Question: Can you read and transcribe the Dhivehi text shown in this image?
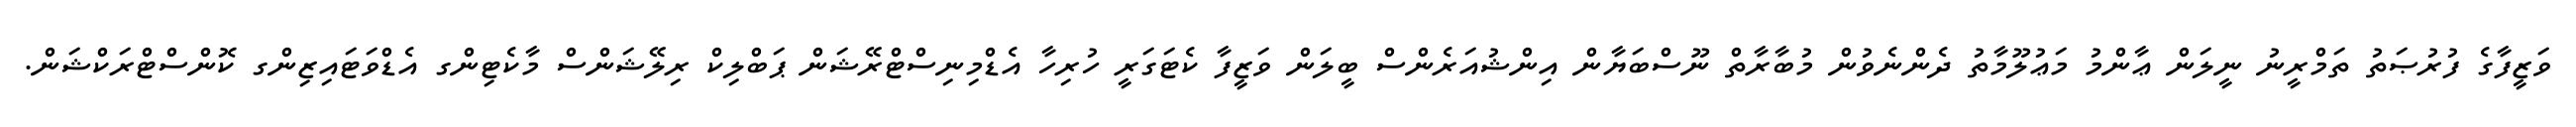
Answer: ވަޒީފާގެ ފުރުޞަތު ތަމްރީނު ނީލަން ޢާންމު މަޢުލޫމާތު ދެންނެވުން މުބާރާތް ނޫސްބަޔާން އިންޝުއަރެންސް ބީލަން ވަޒީފާ ކެޓަގަރީ ހުރިހާ އެޑްމިނިސްޓްރޭޝަން ޕަބްލިކް ރިލޭޝަންސް މާކެޓިންގ އެޑްވަޓައިޒިންގ ކޮންސްޓްރަކްޝަން.